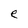
Character: e